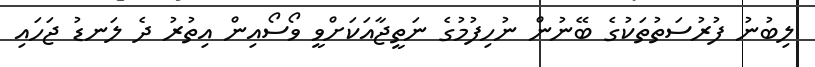
ލިބުނު ފުރުސަތުތަކުގެ ބޭނުން ނުހިފުމުގެ ނަތީޖާއަކަށްވީ ވޯސޯއިން އިތުރު ދެ ލަނޑު ޖަހައި